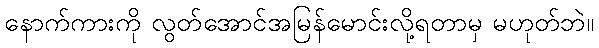
နောက်ကားကို လွတ်အောင်အမြန်မောင်းလို့ရတာမှ မဟုတ်ဘဲ။